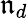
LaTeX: \mathfrak{n}_{d}